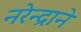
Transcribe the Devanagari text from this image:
नरेन्द्राने